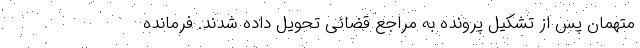
متهمان پس از تشکیل پرونده به مراجع قضائی تحویل داده شدند. فرمانده